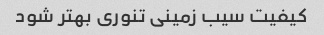
کیفیت سیب زمینی تنوری بهتر شود